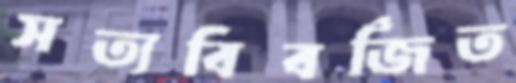
সত্যবিবর্জিত